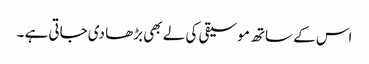
اس کے ساتھ موسیقی کی لے بھی بڑھا دی جاتی ہے ۔